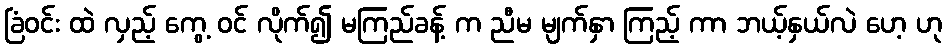
ခြံဝင်း ထဲ လှည့် ကွေ့ ဝင် လိုက်၍ မကြည်ခန့် က ညီမ မျက်နှာ ကြည့် ကာ ဘယ့်နှယ်လဲ ဟေ့ ဟု